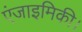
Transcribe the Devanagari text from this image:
एंजाइमिकी।